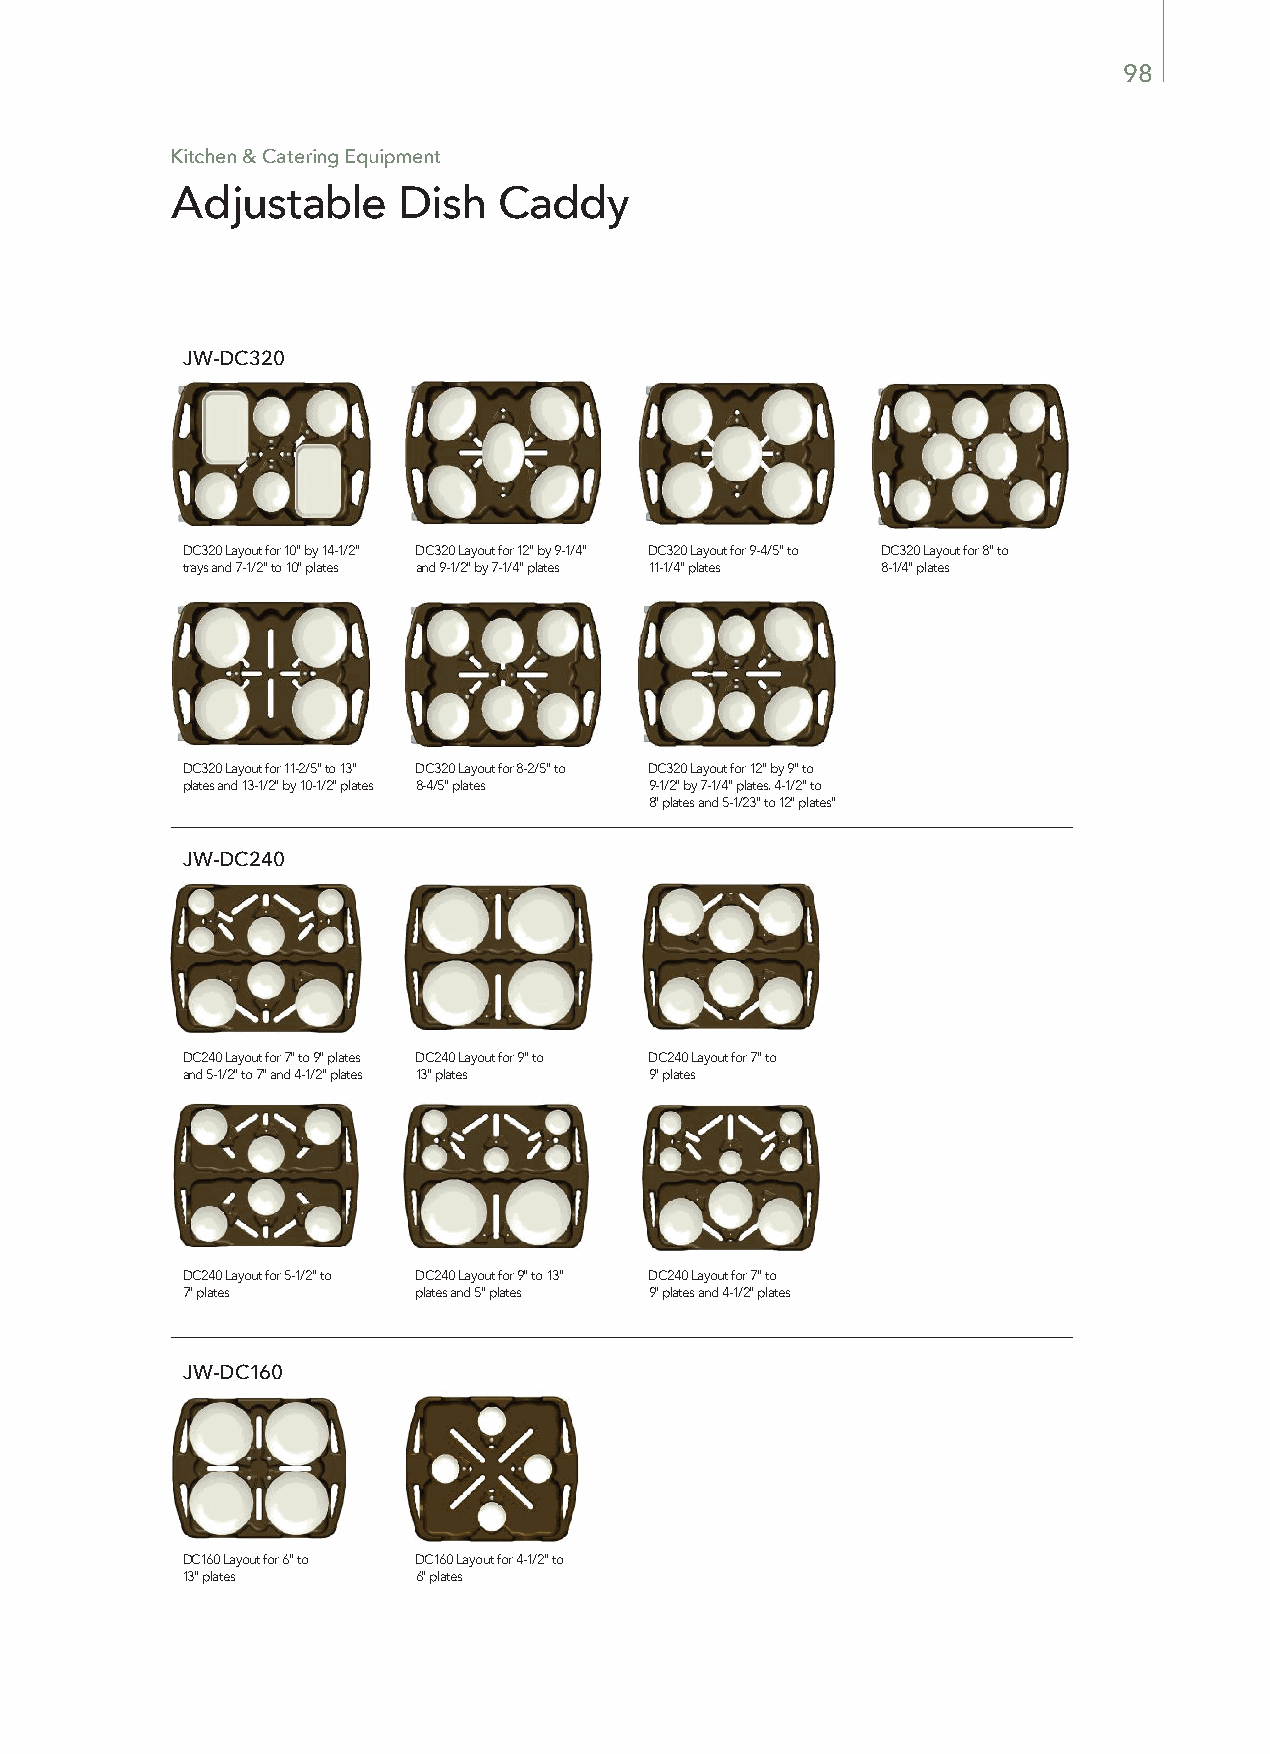
98
 Kitchen & Catering Equipment
 Adjustable     Dish   Caddy
 JW-DC320
 DC320 Layout for 10" by 14-1/2" DC320 Layout for 12" by 9-1/4" DC320 Layout for 9-4/5" to DC320 Layout for 8" to
 trays and 7-1/2" to 10" plates and 9-1/2" by 7-1/4" plates 11-1/4" plates 8-1/4" plates
 DC320 Layout for 11-2/5" to 13" DC320 Layout for 8-2/5" to DC320 Layout for 12" by 9" to
 plates and 13-1/2" by 10-1/2" plates 8-4/5" plates 9-1/2" by 7-1/4" plates. 4-1/2" to
 8" plates and 5-1/23" to 12" plates"
 JW-DC240
 DC240 Layout for 7" to 9" plates DC240 Layout for 9" to DC240 Layout for 7" to
 and 5-1/2" to 7" and 4-1/2" plates 13" plates 9" plates
 DC240 Layout for 5-1/2" to DC240 Layout for 9" to 13" DC240 Layout for 7" to
 7" plates      plates and 5" plates 9" plates and 4-1/2" plates
 JW-DC160
 DC160 Layout for 6" to DC160 Layout for 4-1/2" to
 13" plates      6" plates